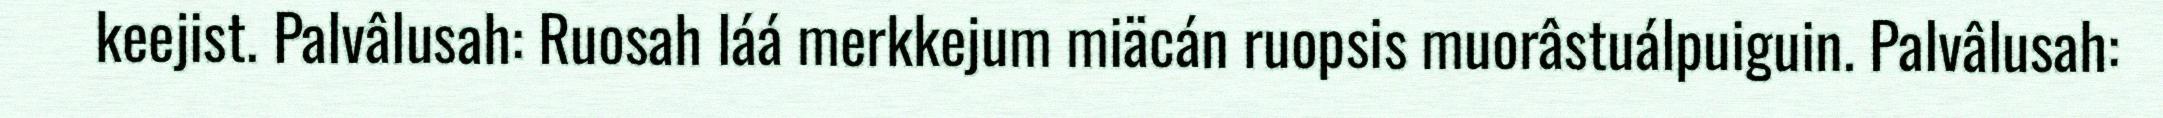
keejist. Palvâlusah: Ruosah láá merkkejum miäcán ruopsis muorâstuálpuiguin. Palvâlusah: